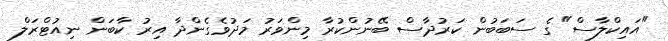
"އައިކްލާސް" ގެ ސަބަބުން ކަރުދާސް ބޭނުންކުރާ މިންވަރު މަދުވެގެންދާ އިރު ކާބަން ނިއުޓްރަލް